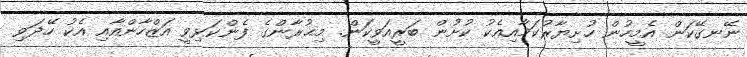
ނޭނގޭކަން އެމީހުން ހުށިޔާރުކަމާއިއެކު ކުށުން ބަރީއަވީކަން. މިޙުރާންގެ ފެންކަޅިވީ އަޒްހާންއާއި އެކު ހޭދަވި